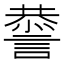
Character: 𧫃